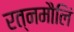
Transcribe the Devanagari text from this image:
रत्नमौलिं